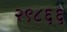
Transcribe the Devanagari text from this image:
२९८६६